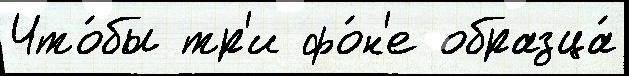
Что́бы тр'и фо́н'е образца́